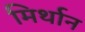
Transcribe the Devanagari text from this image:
मिर्थान